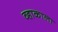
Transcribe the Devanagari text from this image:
व्हाकाला